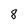
Character: 8